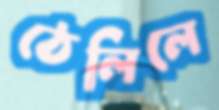
ঠেলিলে